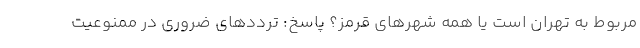
مربوط به تهران است یا همه شهرهای قرمز؟ پاسخ: ترددهای ضروری در ممنوعیت